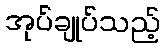
အုပ်ချုပ်သည့်